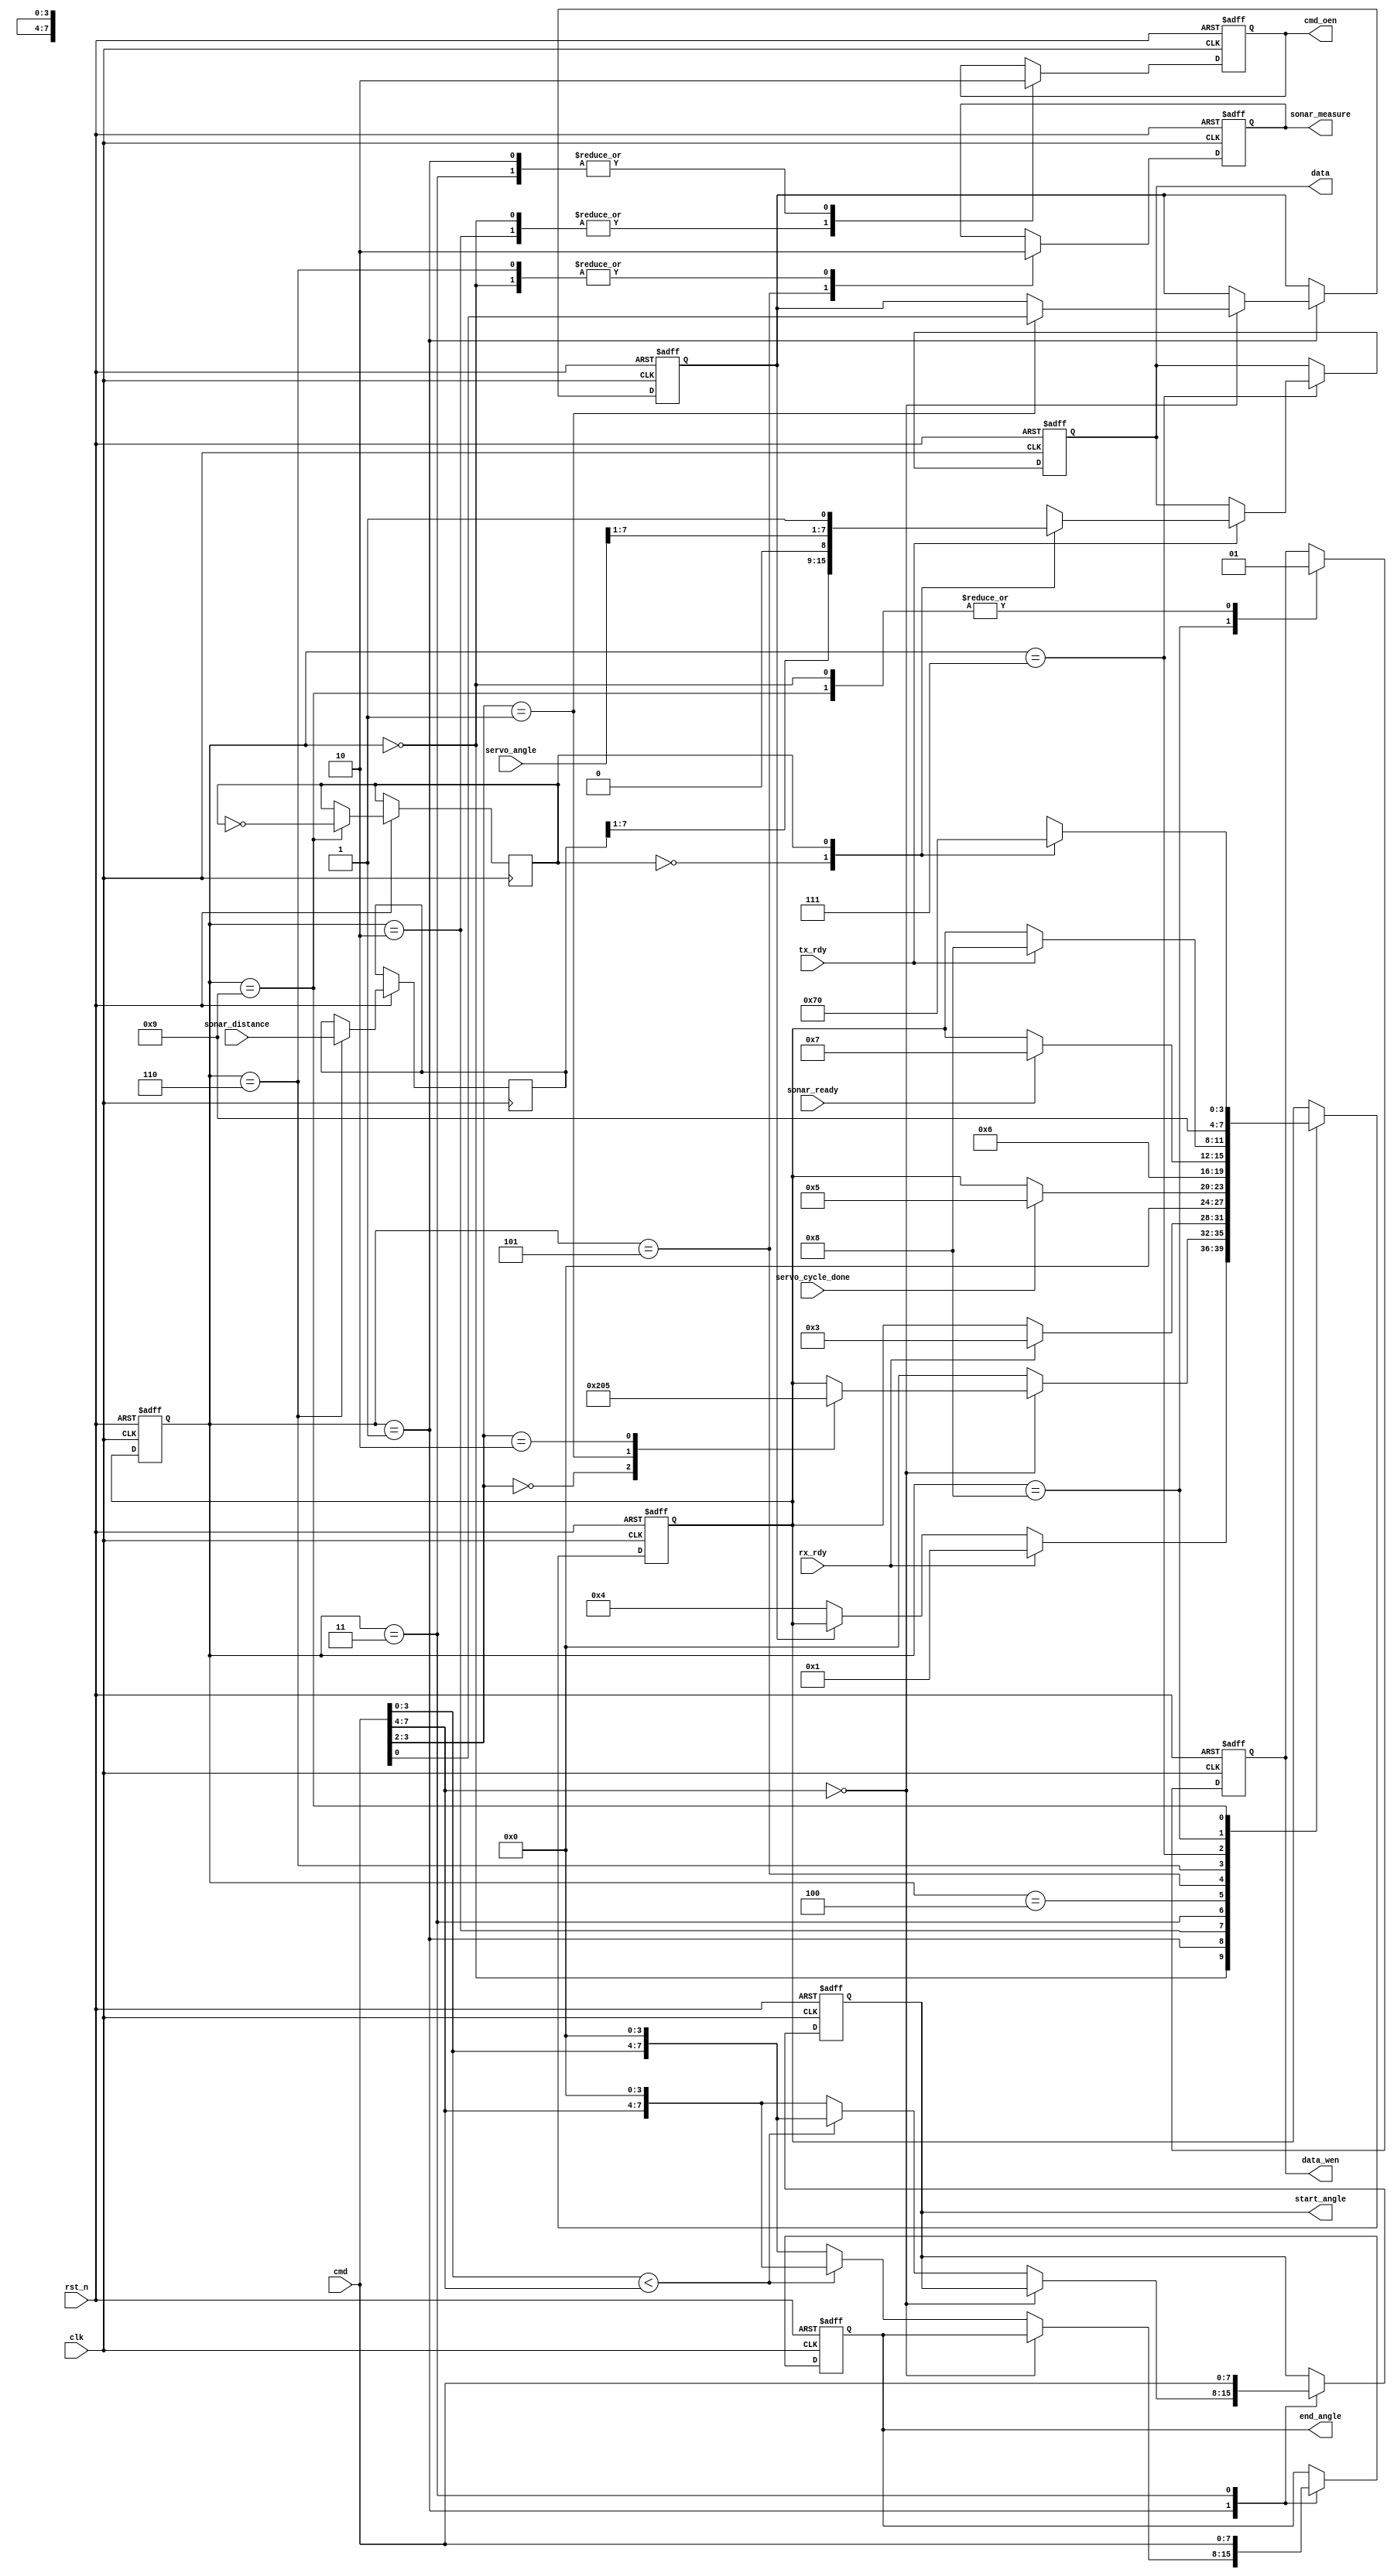
module control_unit (
        input   wire        clk,
        input   wire        rst_n,

        // to UART receiver
        input   wire[7:0]   cmd,
        input   wire        rx_rdy,
        input   wire        tx_rdy,
        output  reg         cmd_oen     = 1,
        output  reg         data_wen    = 1,
        output  reg[7:0]    data        = 0,

        // to servo fsm
        input   wire[7:0]   servo_angle, // [-90   ..    90] in degrees projected to
        output  reg[7:0]    start_angle, // [8'h00 .. 8'hFF] angle reg's value
        output  reg[7:0]    end_angle,

        // to servo driver
        input   wire        servo_cycle_done,

        // to sonar_driver
        input   wire        sonar_ready,
        input   wire[7:0]   sonar_distance,
        output  reg         sonar_measure = 0
    );

    // Internal registers for sonar control
    reg[7:0] distance = 0;

    // Internal registers for cmd processing
    parameter AUTO_MODE     = 1'b0;
    parameter MANUAL_MODE   = 1'b1;
    reg       mode          = AUTO_MODE;

    parameter IDLE            = 4'h0;
    parameter FETCH_CMD       = 4'h1;
    parameter FETCH_DATA_PRE  = 4'h2;
    parameter FETCH_DATA      = 4'h3;
    parameter WAIT_SERVO_DONE = 4'h4;
    parameter START_MEASURE   = 4'h5;
    parameter MEASURE         = 4'h6;
    parameter WAIT_TX_RDY     = 4'h7;
    parameter SEND_DATA       = 4'h8;
    parameter SEND_DATA_POST  = 4'h9;
    reg[3:0]  state      = IDLE;
    reg[3:0]  next_state = IDLE;

    reg       send_data_type = 0; // 0 - distance; 1 - angle;

    // Cmd set
    parameter MANUAL_CMD    = 4'h0;
    // Manual cmd set
    parameter SET_ANGLE_CMD = 2'h0;
    parameter SET_MODE_CMD  = 2'h1;
    parameter MEASURE_CMD   = 2'h2;

    // Assign new state logic
    always @(posedge clk or negedge rst_n) begin
        if (~rst_n) begin
            state = IDLE;
        end else begin
            state = next_state;
        end
    end

    // Next state logic
    always @(posedge clk or negedge rst_n) begin
        if (~rst_n) begin
            next_state    = IDLE;
        end else begin
            case(state)
                IDLE: begin
                    if (rx_rdy) begin
                        next_state = FETCH_CMD;
                    end else if (mode == AUTO_MODE) begin    // In manual mode wait for measure cmd
                        next_state = WAIT_SERVO_DONE;
                    end
                end
                FETCH_CMD: begin
                    case (cmd[7:4])
                        MANUAL_CMD: begin // in this case
                            case (cmd[3:2])
                                SET_ANGLE_CMD: begin
                                    next_state = FETCH_DATA_PRE;
                                end
                                SET_MODE_CMD: begin
                                    next_state = IDLE;
                                end
                                MEASURE_CMD: begin
                                    next_state = START_MEASURE;
                                end
                            endcase // manual cmd case
                        end
                        default: begin // In this case: [7:4] - end angle MSB, [3:0] - start angle MSB
                            next_state = IDLE;
                        end
                    endcase // cmd case
                end
                FETCH_DATA_PRE: begin
                    if (rx_rdy) begin
                        next_state = FETCH_DATA;
                    end
                end
                FETCH_DATA: begin
                    next_state = IDLE;
                end
                WAIT_SERVO_DONE: begin
                    if (servo_cycle_done) begin
                        next_state = START_MEASURE;
                    end
                end
                START_MEASURE: begin
                    next_state = MEASURE;
                end
                MEASURE: begin
                    if (sonar_ready) begin
                        next_state = WAIT_TX_RDY;
                    end
                end
                WAIT_TX_RDY: begin
                    if (tx_rdy) begin
                        next_state = SEND_DATA;
                    end
                end
                SEND_DATA: begin
                    next_state = SEND_DATA_POST;
                end
                SEND_DATA_POST: begin
                    case(send_data_type)
                        0: next_state = WAIT_TX_RDY;
                        1: next_state = IDLE;
                    endcase
                end
            endcase // state case
        end
    end

    // Outputs logic
    always @(posedge clk or negedge rst_n) begin
        if (~rst_n) begin
            mode          = AUTO_MODE;
            cmd_oen       = 1;
            data_wen      = 1;
            data          = 0;
            sonar_measure = 0;
            start_angle   = 8'h00;
            end_angle     = 8'hFE;
        end else begin
            case(state)
                IDLE: begin
                    cmd_oen       = 1;
                    data_wen      = 1;
                    sonar_measure = 0;
                end
                FETCH_CMD: begin
                    cmd_oen = 0;
                    case (cmd[7:4])
                        MANUAL_CMD: begin // in this case
                            case (cmd[3:2])
                                SET_MODE_CMD: begin
                                    mode = cmd[0];
                                end
                            endcase // manual cmd case
                        end
                        default: begin // In this case: [7:4] - end angle MSB, [3:0] - start angle MSB
                            if (cmd[3:0] < cmd[7:4]) begin
                                start_angle = {cmd[3:0], 4'h0};
                                end_angle   = {cmd[7:4], 4'h0};
                            end else begin
                                start_angle = {cmd[7:4], 4'h0};
                                end_angle   = {cmd[3:0], 4'h0};
                            end
                        end
                    endcase // cmd case
                end
                FETCH_DATA_PRE: begin
                    cmd_oen = 1;
                end
                FETCH_DATA: begin
                    start_angle = cmd;
                    end_angle   = cmd;
                    cmd_oen     = 0;
                end
                WAIT_SERVO_DONE: begin
                end
                START_MEASURE: begin
                    sonar_measure = 1; // Generate measure pulse
                end
                MEASURE: begin
                    sonar_measure = 0;
                    distance      = sonar_distance;
                end
                WAIT_TX_RDY: begin
                    if (tx_rdy) begin
                        case(send_data_type)
                            0: data     = {distance[7:1], 1'b0};    // Add zero as LSB for show that it's distance byte
                            1: data     = {servo_angle[7:1], 1'b1}; // Add one as LSB for show that it's angle byte
                        endcase
                    end
                end
                SEND_DATA: begin
                    data_wen = 0;
                end
                SEND_DATA_POST: begin
                    data_wen       = 1;
                    send_data_type = !send_data_type;
                end
            endcase
        end
    end

endmodule